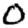
Digit: 0